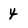
Character: 4